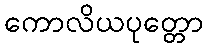
ကောလိယပုတ္တော